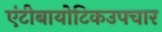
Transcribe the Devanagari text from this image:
एंटीबायोटिकउपचार